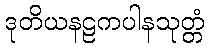
ဒုတိယနဠကပါနသုတ္တံ